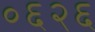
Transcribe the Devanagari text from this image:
०६२६